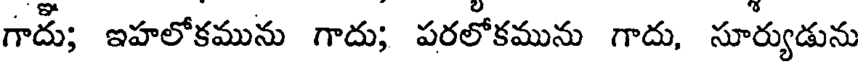
గాదు; ఇహలోకమును గాదు; పరలోకమును గాదు, సూర్యుడును